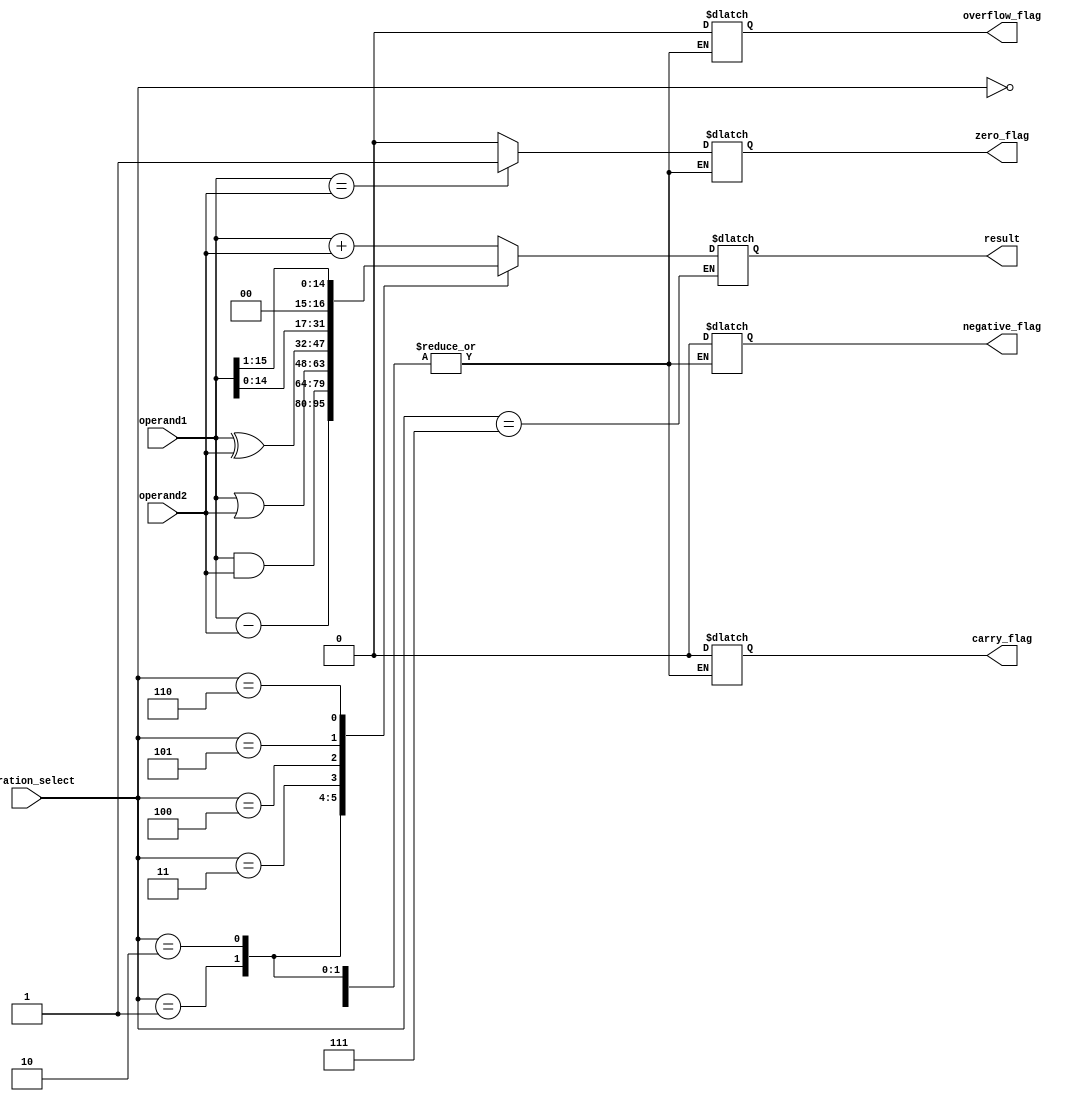
module ALU(
    input [15:0] operand1,
    input [15:0] operand2,
    input [2:0] operation_select,
    output [15:0] result,
    output zero_flag,
    output carry_flag,
    output overflow_flag,
    output negative_flag
);

reg [15:0] result;
reg zero_flag;
reg carry_flag;
reg overflow_flag;
reg negative_flag;

always @(*) begin
    case(operation_select)
        3'b000: result = operand1 + operand2; // Addition
        3'b001: result = operand1 - operand2; // Subtraction
        3'b010: result = operand1 & operand2; // AND
        3'b011: result = operand1 | operand2; // OR
        3'b100: result = operand1 ^ operand2; // XOR
        3'b101: result = operand1 << 1; // Shift left
        3'b110: result = operand1 >> 1; // Shift right
        3'b111: begin // Comparison
            if(operand1 == operand2) begin
                zero_flag = 1;
                carry_flag = 0;
                overflow_flag = 0;
                negative_flag = 0;
            end else begin
                zero_flag = 0;
                carry_flag = 0;
                overflow_flag = 0;
                negative_flag = 0;
            end
        end
    endcase
end

endmodule